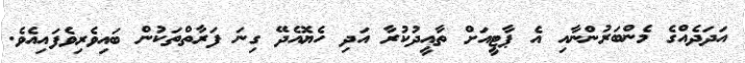
އަދަދެއްގެ މެންބަރުންނާއި އެ ޕާޓީއަށް ތާއީދުކުރާ އަދި ހެޔޮއެދޭ ގިނަ ފަރާތްތަކުން ބައިވެރިވެފައިއެވެ.